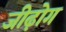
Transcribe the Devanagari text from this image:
जीढ़ोग